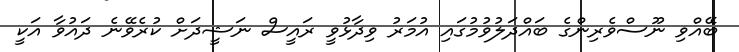
ބޭއްވި ނޫސްވެރިންގެ ބައްދަލުވުމުގައި އުމަރު ވިދާޅުވީ ރައީސް ނަޝީދަށް ކުރެވޭނެ ދައުވާ އަކީ